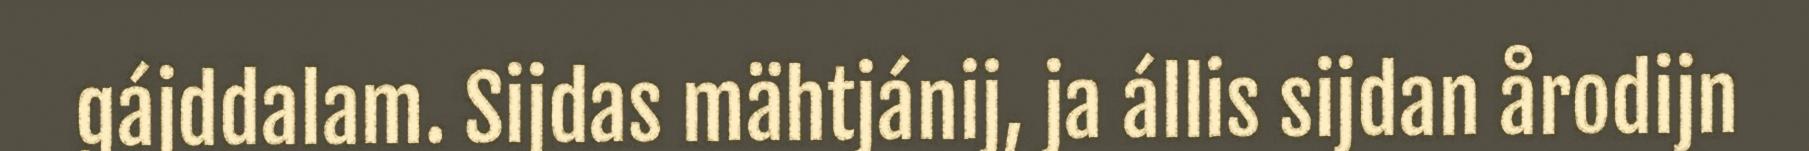
gájddalam. Sijdas mähtjánij, ja állis sijdan årodijn